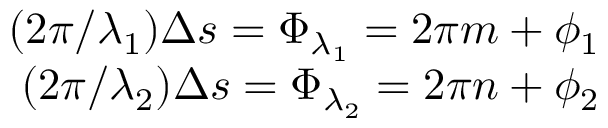
\begin{array} { r } { ( 2 \pi / \lambda _ { 1 } ) \Delta s = \Phi _ { \lambda _ { 1 } } = 2 \pi m + \phi _ { 1 } } \\ { ( 2 \pi / \lambda _ { 2 } ) \Delta s = \Phi _ { \lambda _ { 2 } } = 2 \pi n + \phi _ { 2 } } \end{array}